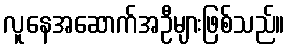
လူနေအဆောက်အဦများဖြစ်သည်။